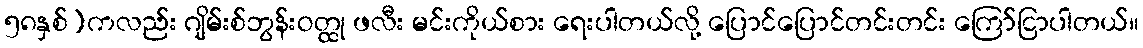
၅၈နှစ်)ကလည်း ဂျိမ်းစ်ဘွန်းဝတ္ထု ဖလီး မင်းကိုယ်စား ရေးပါတယ်လို့ ပြောင်ပြောင်တင်းတင်း ကြော်ငြာပါတယ်။